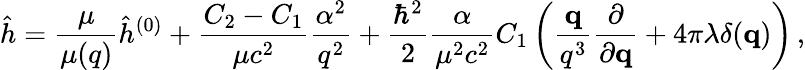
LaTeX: \hat{h}=\frac{\mu}{\mu(q)}\hat{h}^{(0)}+\frac{C_{2}-C_{1}}{\mu c^{2}}\frac{\alpha^{2}}{q^{2}}+\frac{\hbar^{2}}{2}\frac{\alpha}{\mu^{2}c^{2}}C_{1}\left(\frac{{\mathbf q}}{q^{3}}\frac{\partial}{\partial{\mathbf q}}+4\pi\lambda\delta({\mathbf q})\right)\, ,